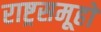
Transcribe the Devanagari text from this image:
राष्ट्रसमूहों